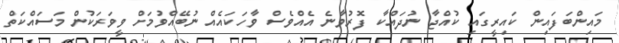
މައިންބަފައިން ކައިރީގައި ކުއްޖާ ނުދައްކާ ފޮރުވާނެ އެއްވެސް ވާހަކައެއް ނުބޭއްވުމަށް ވީވަރަކުން މަސައްކަތް